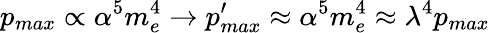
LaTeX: p_{max}\propto\alpha^{5}m_{e}^{4}\rightarrow p_{max}^{\prime}\approx\alpha^{5}m_{e}^{4}\approx\lambda^{4}p_{max}